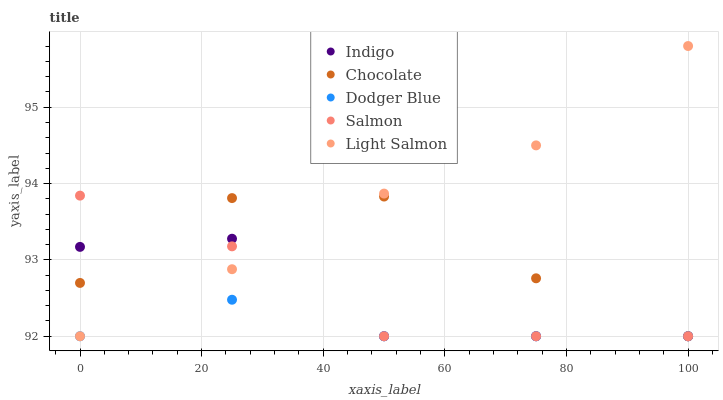
| xaxis_label | Indigo | Chocolate | Dodger Blue | Salmon | Light Salmon |
 | --- | --- | --- | --- | --- | --- |
 | 0 | 93.2 | 92.7 | 92 | 93.8 | 92 |
 | 25 | 93.3 | 93.8 | 92.5 | 93.2 | 92.9 |
 | 50 | 92 | 93.8 | 92 | 92 | 93.9 |
 | 75 | 92 | 92.8 | 92 | 92 | 94.5 |
 | 100 | 92 | 92 | 92 | 92 | 95.8 |